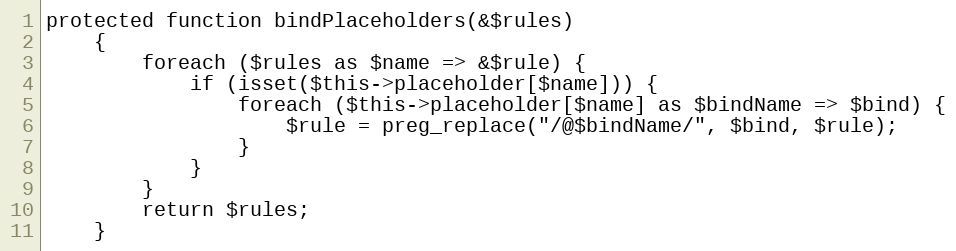
Language: PHP
protected function bindPlaceholders(&$rules)
    {
        foreach ($rules as $name => &$rule) {
            if (isset($this->placeholder[$name])) {
                foreach ($this->placeholder[$name] as $bindName => $bind) {
                    $rule = preg_replace("/@$bindName/", $bind, $rule);
                }
            }
        }
        return $rules;
    }